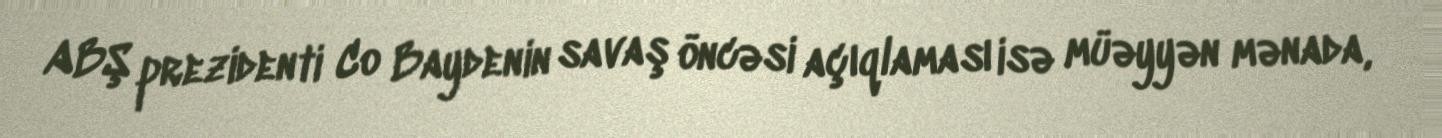
ABŞ prezidenti Co Baydenin savaş öncəsi açıqlaması isə müəyyən mənada,